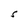
Character: S